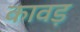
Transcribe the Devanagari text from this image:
कावड़